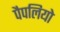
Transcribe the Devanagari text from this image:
पैपलियो